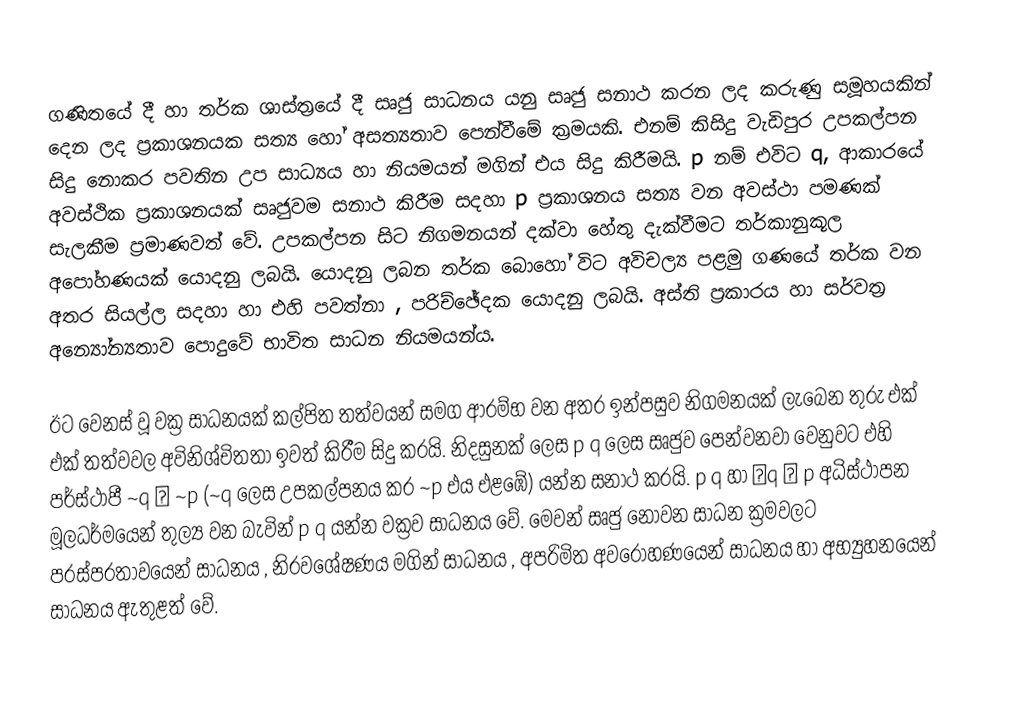
ගණිතයේ දී හා තර්ක ශාස්ත්‍රයේ දී සෘජු සාධනය යනු සෘජු සනාථ කරන ලද කරුණු සමූහයකින් දෙන ලද ප්‍රකාශනයක සත්‍ය හෝ අසත්‍යතාව පෙන්වීමේ ක්‍රමයකි. එනම් කිසිදු වැඩිපුර උපකල්පන සිදු නොකර පවතින උප සාධ්‍යය හා නියමයන් මගින් එය සිදු කිරීමයි. p නම් එවිට q, ආකාරයේ අවස්ථික ප්‍රකාශනයක් සෘජුවම සනාථ කිරීම සදහා p  ප්‍රකාශනය සත්‍ය වන අවස්ථා පමණක් සැලකීම ප්‍රමාණවත් වේ. උපකල්පන සිට නිගමනයන් දක්වා හේතු දැක්වීමට තර්කානුකූල අපෝහණයක් යොදනු ලබයි. යොදනු ලබන තර්ක බොහෝ විට අවිචල්‍ය පළමු ගණයේ තර්ක වන අතර සියල්ල සදහා හා එහි පවත්නා , පරිච්ඡේදක යොදනු ලබයි. අස්ති ප්‍රකාරය හා සර්වත්‍ර අන්‍යෝන්‍යතාව පොදුවේ භාවිත සාධන නියමයන්ය.

ඊට වෙනස් වූ වක්‍ර සාධනයක් කල්පිත තත්වයන් සමග ආරම්භ වන අතර ඉන්පසුව නිගමනයක් ලැබෙන තුරු එක් එක් තත්වවල අවිනිශ්චිතතා ඉවත් කිරීම සිදු කරයි. නිදසුනක් ලෙස p        q  ලෙස සෘජුව පෙන්වනවා වෙනුවට එහි පර්ස්ථාපී  ~q ⇒ ~p  (~q ලෙස උපකල්පනය කර ~p එය එළඹේ) යන්න සනාථ කරයි. p        q  හා q         p  අධිස්ථාපන මූලධර්මයෙන් තුල්‍ය වන බැවින් p    q  යන්න වක්‍රව සාධනය වේ. මෙවන් සෘජු නොවන සාධන ක්‍රමවලට පරස්පරතාවයෙන් සාධනය , නිරවශේෂණය මගින් සාධනය , අපරිමිත අවරෝහණයෙන් සාධනය හා අභ්‍යුහනයෙන් සාධනය ඇතුළත් වේ.